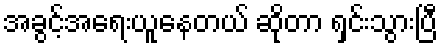
အခွင့်အရေးယူနေတယ် ဆိုတာ ရှင်းသွားပြီ